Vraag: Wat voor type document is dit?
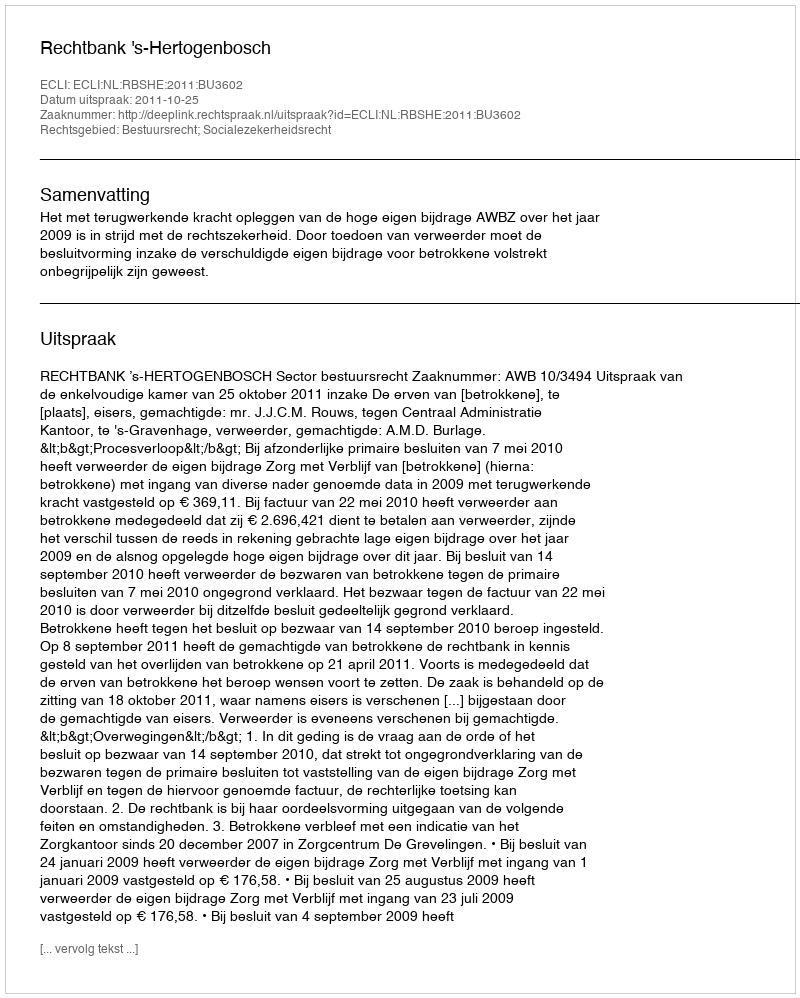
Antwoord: Uitspraak